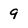
Character: 9